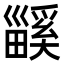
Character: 𤳤